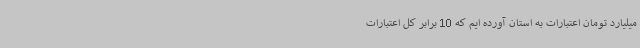
میلیارد تومان اعتبارات به استان آورده ایم که 10 برابر کل اعتبارات